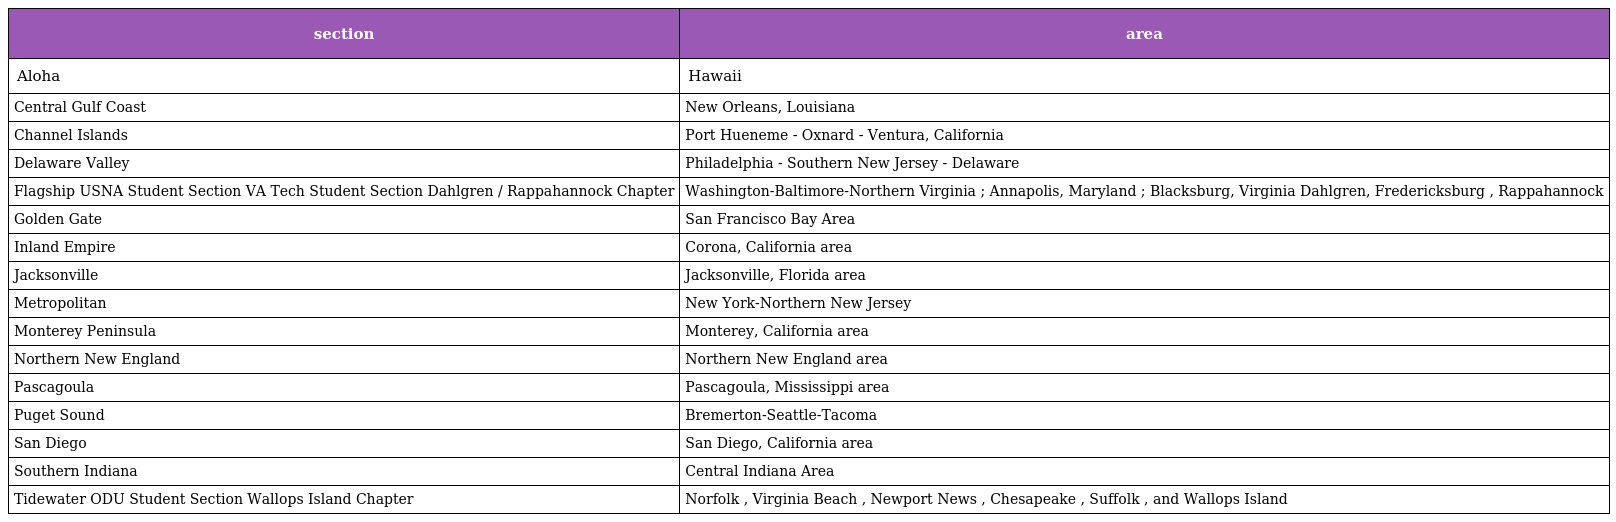
| section | area |
 | --- | --- |
 | Aloha | Hawaii |
 | Central Gulf Coast | New Orleans, Louisiana |
 | Channel Islands | Port Hueneme - Oxnard - Ventura, California |
 | Delaware Valley | Philadelphia - Southern New Jersey - Delaware |
 | Flagship USNA Student Section VA Tech Student Section Dahlgren / Rappahannock Chapter | Washington-Baltimore-Northern Virginia ; Annapolis, Maryland ; Blacksburg, Virginia Dahlgren, Fredericksburg , Rappahannock |
 | Golden Gate | San Francisco Bay Area |
 | Inland Empire | Corona, California area |
 | Jacksonville | Jacksonville, Florida area |
 | Metropolitan | New York-Northern New Jersey |
 | Monterey Peninsula | Monterey, California area |
 | Northern New England | Northern New England area |
 | Pascagoula | Pascagoula, Mississippi area |
 | Puget Sound | Bremerton-Seattle-Tacoma |
 | San Diego | San Diego, California area |
 | Southern Indiana | Central Indiana Area |
 | Tidewater ODU Student Section Wallops Island Chapter | Norfolk , Virginia Beach , Newport News , Chesapeake , Suffolk , and Wallops Island |